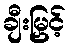
ချီးမြှင့်